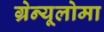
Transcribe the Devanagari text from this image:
ग्रेन्यूलोमा